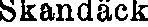
Skandäck